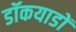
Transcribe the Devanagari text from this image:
डॉकयाडों